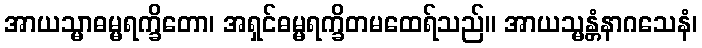
အာယသ္မာဓမ္မရက္ခိတော၊ အရှင်ဓမ္မရက္ခိတမထေရ်သည်။ အာယသ္မန္တံနာဂသေနံ၊